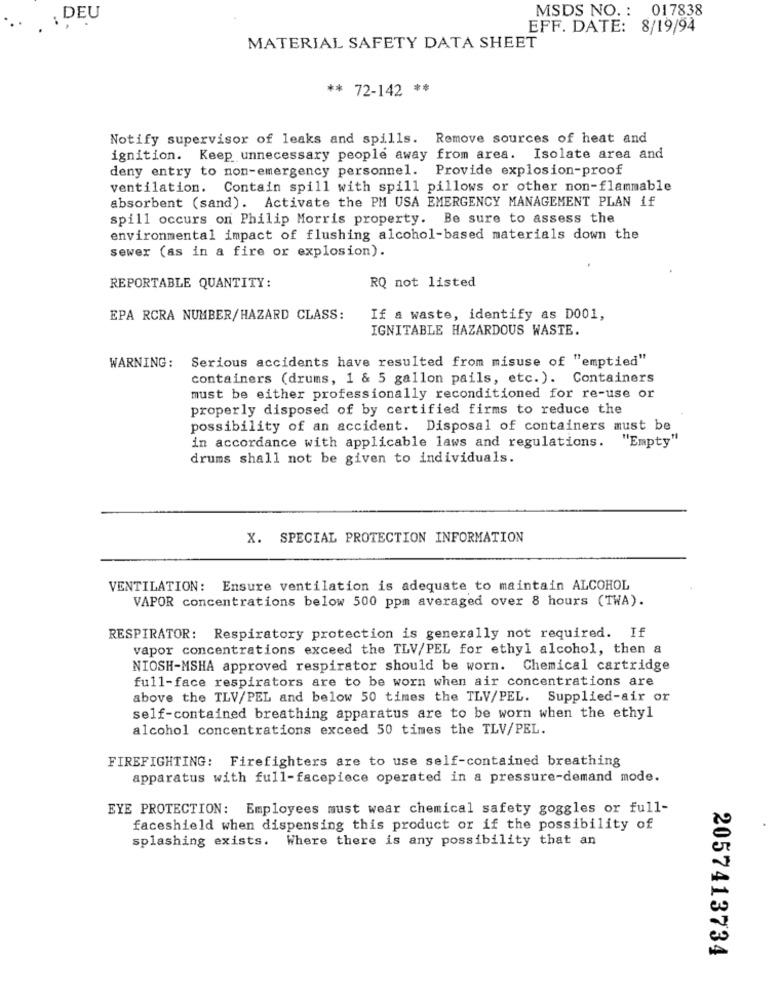
MSDS NO .: 017838
; DEU
EFF. DATE: 8/19/94
MATERIAL SAFETY DATA SHEET
** 72-142 **
Notify supervisor of leaks and spills. Remove sources of heat and
ignition. Keep unnecessary people away from area. Isolate area and
deny entry to non-emergency personnel. Provide explosion-proof
ventilation. Contain spill with spill pillows or other non-flammable
absorbent (sand). Activate the PM USA EMERGENCY MANAGEMENT PLAN if
spill occurs on Philip Morris property. Be sure to assess the
environmental impact of flushing alcohol-based materials down the
sewer (as in a fire or explosion).
RQ not listed
REPORTABLE QUANTITY:
EPA RCRA NUMBER/HAZARD CLASS:
If a waste, identify as D001,
IGNITABLE HAZARDOUS WASTE.
WARNING: Serious accidents have resulted from misuse of "emptied"
containers (drums, 1 & 5 gallon pails, etc. ). Containers
must be either professionally reconditioned for re-use or
properly disposed of by certified firms to reduce the
possibility of an accident. Disposal of containers must be
"Empty"
in accordance with applicable laws and regulations.
drums shall not be given to individuals.
X. SPECIAL PROTECTION INFORMATION
VENTILATION: Ensure ventilation is adequate to maintain ALCOHOL
VAPOR concentrations below 500 ppm averaged over 8 hours (TWA).
RESPIRATOR: Respiratory protection is generally not required. If
vapor concentrations exceed the TLV/PEL for ethyl alcohol, then a
NIOSH-MSHA approved respirator should be worn. Chemical cartridge
full-face respirators are to be worn when air concentrations are
above the TLV/PEL and below 50 times the TLV/PEL. Supplied-air or
self-contained breathing apparatus are to be worn when the ethyl
alcohol concentrations exceed 50 times the TLV/PEL.
FIREFIGHTING: Firefighters are to use self-contained breathing
apparatus with full-facepiece operated in a pressure-demand mode.
EYE PROTECTION: Employees must wear chemical safety goggles or full-
faceshield when dispensing this product or if the possibility of
splashing exists. Where there is any possibility that an
2057413734